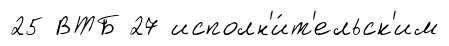
25 ВТБ 27 исполн'и́т'ельск'им